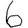
Digit: 6